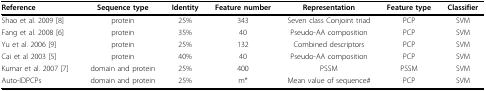
<table><thead><tr><td><b>Reference</b></td><td><b>Sequence type</b></td><td><b>Identity</b></td><td><b>Feature number</b></td><td><b>Representation</b></td><td><b>Feature type</b></td><td><b>Classifier</b></td></tr></thead><tbody><tr><td>Shao et al. 2009 [8]</td><td>protein</td><td>25%</td><td>343</td><td>Seven class Conjoint triad</td><td>PCP</td><td>SVM</td></tr><tr><td>Fang et al. 2008 [6]</td><td>protein</td><td>35%</td><td>40</td><td>Pseudo-AA composition</td><td>PCP</td><td>SVM</td></tr><tr><td>Yu et al. 2006 [9]</td><td>protein</td><td>25%</td><td>132</td><td>Combined descriptors</td><td>PCP</td><td>SVM</td></tr><tr><td>Cai et al 2003 [5]</td><td>protein</td><td>40%</td><td>40</td><td>Pseudo-AA composition</td><td>PCP</td><td>SVM</td></tr><tr><td>Kumar et al. 2007 [7]</td><td>domain and protein</td><td>25%</td><td>400</td><td>PSSM</td><td>PSSM</td><td>SVM</td></tr><tr><td>Auto-IDPCPs</td><td>domain and protein</td><td>25%</td><td>m*</td><td>Mean value of sequence#</td><td>PCP</td><td>SVM</td></tr></tbody></table>